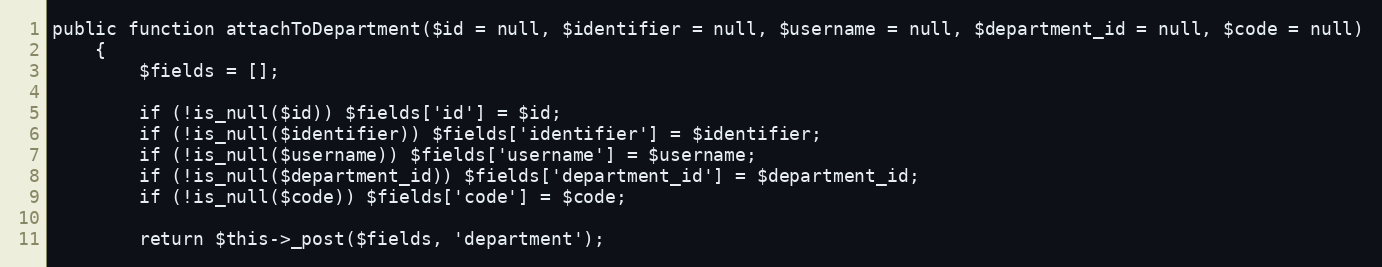
Language: PHP
public function attachToDepartment($id = null, $identifier = null, $username = null, $department_id = null, $code = null)
    {
        $fields = [];

        if (!is_null($id)) $fields['id'] = $id;
        if (!is_null($identifier)) $fields['identifier'] = $identifier;
        if (!is_null($username)) $fields['username'] = $username;
        if (!is_null($department_id)) $fields['department_id'] = $department_id;
        if (!is_null($code)) $fields['code'] = $code;

        return $this->_post($fields, 'department');